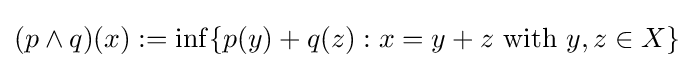
(p\wedge q)(x):=\inf _{}\{p(y)+q(z):x=y+z{\text{ with }}y,z\in X\}